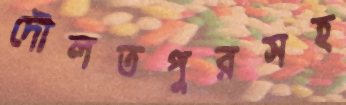
দৌলতপুরসহ